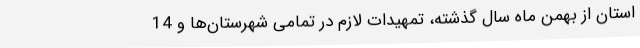
استان از بهمن ماه سال گذشته، تمهیدات لازم در تمامی شهرستان‌ها و 14